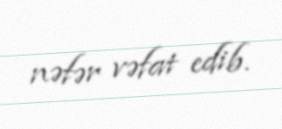
nəfər vəfat edib.